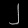
Digit: ၂